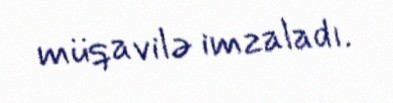
müqavilə imzaladı.